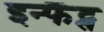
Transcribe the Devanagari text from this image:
इन्फैंट्स